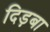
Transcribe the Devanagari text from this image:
दिड़बा